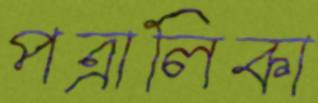
পত্রালিকা